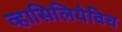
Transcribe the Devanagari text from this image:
व्हासिलियेविच